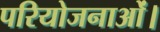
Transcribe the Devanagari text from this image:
परियोजनाओं।